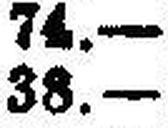
38.—